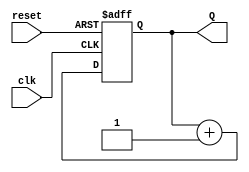
module binary_counter (
    input wire clk,      // Clock signal
    input wire reset,    // Asynchronous reset signal
    output reg [3:0] Q   // 4-bit output representing the current count value
);

// State transition on the rising edge of the clock
always @(posedge clk or posedge reset) begin
    if (reset) begin
        Q <= 4'b0000; // Reset the counter to 0000
    end else begin
        Q <= Q + 1;   // Increment the counter
    end
end

endmodule